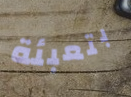
بتعبئة